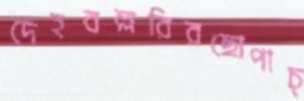
দেহবল্লরিরছোপাচ্